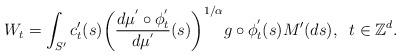
LaTeX: \begin{align*}\begin{aligned}W_t &= \int_{S'} c'_t(s){\left(\frac{d \mu^{'} \circ \phi^{'}_t}{d\mu^{'}}(s)\right)}^{1/\alpha}g \circ \phi^{'}_t(s) M'(ds),\;\; t \in\mathbb{Z}^d. \end{aligned}\end{align*}